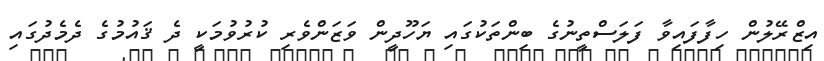
އިޒްރޭލުން ހިފާފައިވާ ފަލަސްތީނުގެ ބިންތަކުގައި ޔަހޫދީން ވަޒަންވެރި ކުރުވުމަކީ ދެ ޤައުމުގެ ދެމެދުގައި